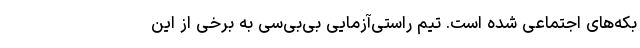
بکه‌های اجتماعی شده است. تیم راستی‌آزمایی بی‌بی‌سی به برخی از این